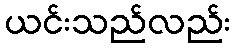
ယင်းသည်လည်း